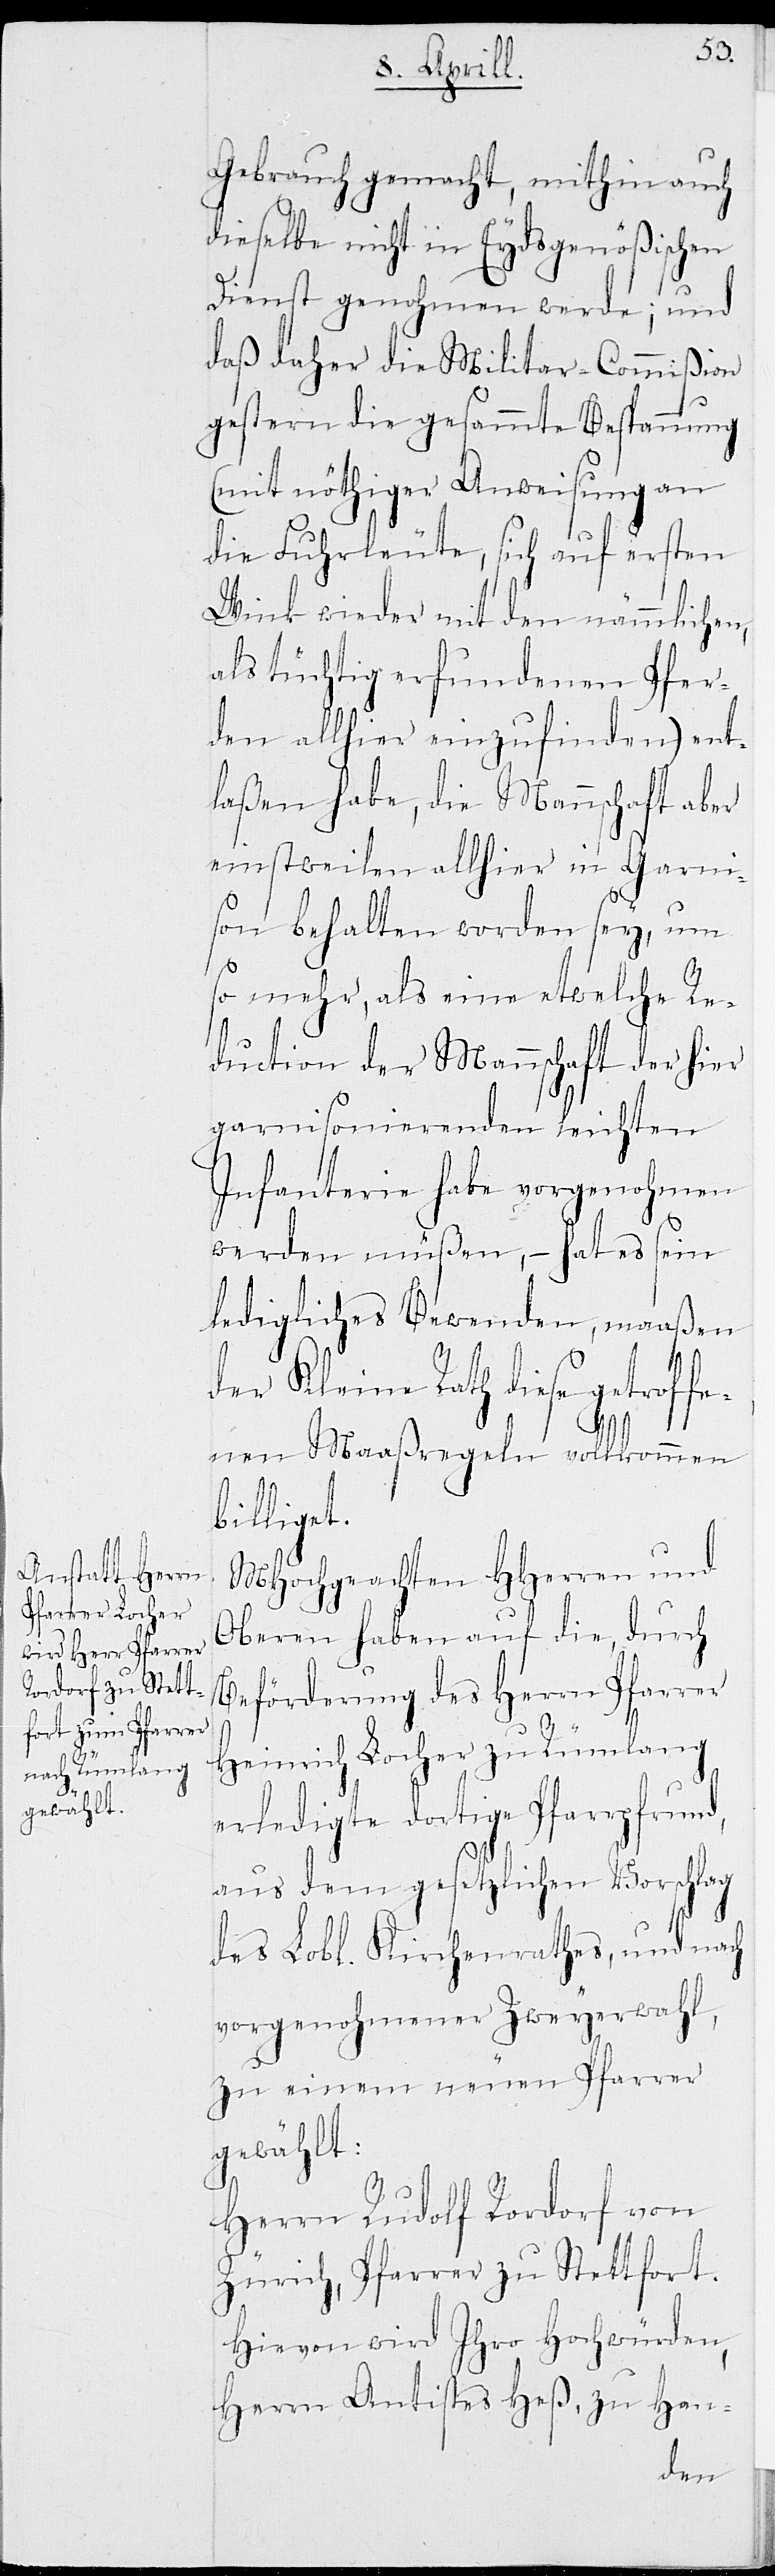
Gebrauch gemacht, mithin d¬
Dienst genohmen werde; und
daß daher die Militar-Commißion
gestern die gesammte Bespannung
(mit nöthiger Anweisung an
die Fuhrleute, sich auf ersten
Wink wieder mit den nämmlichen,
als tüchtig erfundenen Pfer¬
den allhier einzufinden) ent¬
laßen habe, die Mannschaft aber
einstweilen allhier in Garni¬
son behalten worden sey, um
so mehr, als eine etwelche Re¬
duction der Mannschaft der hier
garnisonierenden leichten
Infanterie habe vorgenohmen
werden müßen, – hat es sein
ledigliches Bewenden, maaßen
der Kleine Rath diese getrof¬
fenen Maaßregeln vollkommen
billiget.
MHochgeachten HHerren und
Oberen haben auf die, durch
Beförderung des Herrn Pfarrer
Heinrich Locher zu Rümlang
erledigte dortige Pfarrpfrund,
aus dem gesetzlichen Vorschlag
des Lobl. Kirchenrathes, und nach
vorgenohmener Zweyerwahl,
zu einem neuen Pfarrer
gewählt:
Herrn Rudolf Rordorf von
Zürich, Pfarrer zu Stettfort.
Hievon wird Ihro Hochwürden,
Herrn Antistes Heß, zu Han-